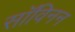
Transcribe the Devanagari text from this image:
सॉविनन